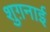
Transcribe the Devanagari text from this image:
शुग़नाई